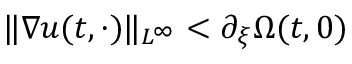
\| \nabla u ( t , \cdot ) \| _ { L ^ { \infty } } < \partial _ { \xi } \Omega ( t , 0 )